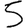
Digit: 5